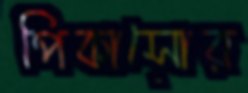
পিকাসোর